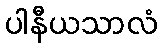
ပါနီယသာလံ